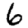
Digit: 6